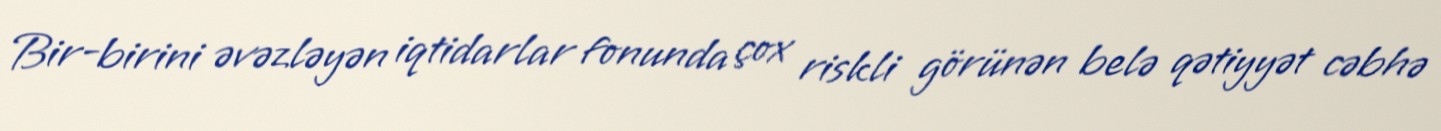
Bir-birini əvəzləyən iqtidarlar fonunda çox riskli görünən belə qətiyyət cəbhə